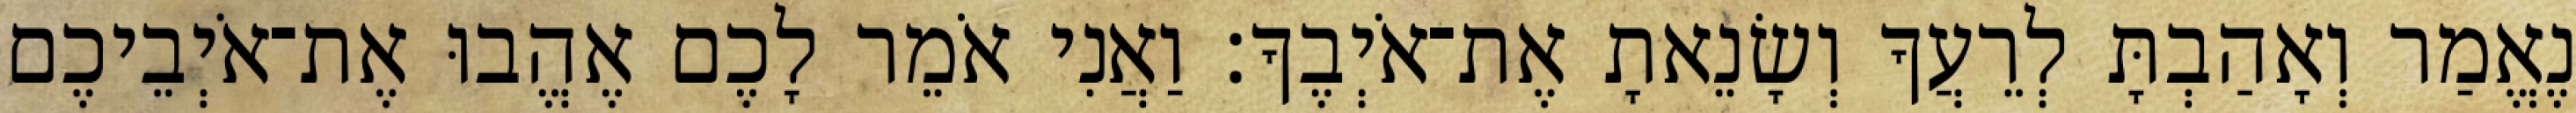
נֶאֱמַר וְאָהַבְתָּ לְרֵעֲךָ וְשָׂנֵאתָ אֶת־אֹיְבֶךָ׃ וַאֲנִי אֹמֵר לָכֶם אֶהֱבוּ אֶת־אֹיְבֵיכֶם